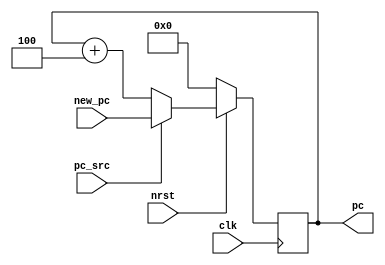
`timescale 1ns / 1ps
//////////////////////////////////////////////////////////////////////////////////
// Company: 
// Engineer: 
// 
// Design Name: 
// Module Name: proc_pc
// Project Name: 
// Target Devices: 
// Tool Versions: 
// Description: 
// 
// Dependencies: 
// 
// Revision:
// Revision 0.01 - File Created
// Additional Comments:
// 
//////////////////////////////////////////////////////////////////////////////////


module proc_pc(
    input clk,
    input nrst,
    input [31:0] new_pc,
    input pc_src,           // 1 if new_pc is to be used
    output [31:0] pc
    );
    
    reg [31:0] r_pc;
    
    assign pc = r_pc;
    
    always@(posedge clk /* or posedge pc_src or negedge pc_src*/) begin
        if (nrst == 1) begin
            if (pc_src == 1) begin  
                r_pc = new_pc;
            end
            else begin
                r_pc = r_pc + 3'b100;
            end
        end
        else begin
            r_pc = 0;
        end
    end
endmodule